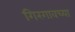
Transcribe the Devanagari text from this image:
गिरगावच्या